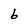
Character: 6